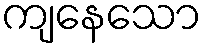
ကျနေသော